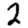
Digit: 2